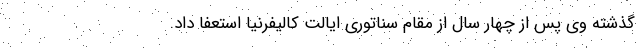
گذشته وی پس از چهار سال از مقام سناتوری ایالت کالیفرنیا استعفا داد.